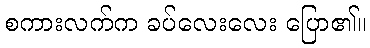
စကားလက်က ခပ်လေးလေး ပြော၏။